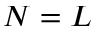
N = L